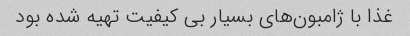
غذا با ژامبون‌های بسیار بی کیفیت تهیه شده بود